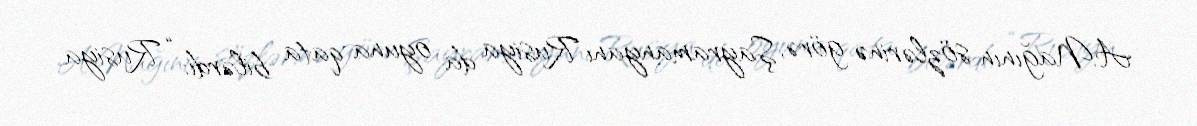
A.Nağının sözlərinə görə, Şayramanyanı Rusiya da oyuna qata bilərdi: “Rusiya